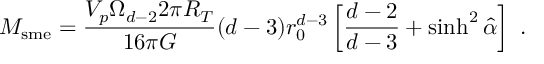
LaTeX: M _ { \mathrm { s m e } } = \frac { V _ { p } \Omega _ { d - 2 } 2 \pi R _ { T } } { 1 6 \pi G } ( d - 3 ) r _ { 0 } ^ { d - 3 } \left[ \frac { d - 2 } { d - 3 } + \sinh ^ { 2 } \hat { \alpha } \right] \ .